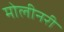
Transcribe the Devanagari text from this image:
मोलीनरी